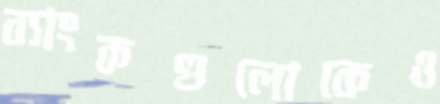
ব্যাংকগুলোকেও